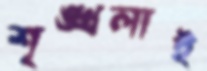
শৃঙ্খলাই